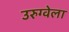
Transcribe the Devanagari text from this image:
उरुग्वेला